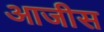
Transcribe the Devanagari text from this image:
आजीस